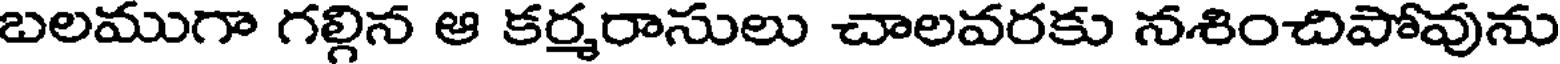
బలముగా గల్గిన ఆ కర్మరాసులు చాలవరకు నశించిపోవును